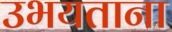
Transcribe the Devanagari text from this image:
उभयताना